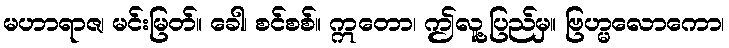
မဟာရာဇ၊ မင်းမြတ်။ ခေါ၊ စင်စစ်။ ဣတော၊ ဤလူ့ပြည်မှ။ ဗြဟ္မလောကော၊